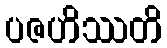
ပဇဟိဿတိ